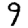
Digit: 9